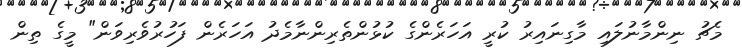
މެޗު ނިންމާނުލައި މާގިނައިރު ކުރީ އަހަރެންގެ ކުޅުންތެރިންނާމެދު އަހަރެން ފަހުރުވެރިވަން" މީގެ ތިން